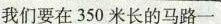
我们要在350米长的马路一